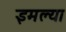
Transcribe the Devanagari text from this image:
इमल्या